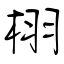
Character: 栩